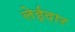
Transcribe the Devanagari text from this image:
लेईदार